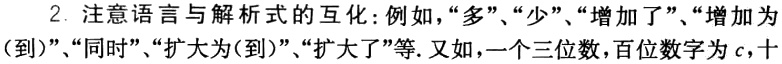
2. 注意语言与解析式的互化：例如，“多”、“少”、“增加了”、“增加为（到）”、“同时”、“扩大为（到）”、“扩大了”等. 又如，一个三位数，百位数字为$c$，十